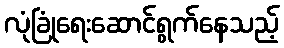
လုံခြုံရေးဆောင်ရွက်နေသည့်